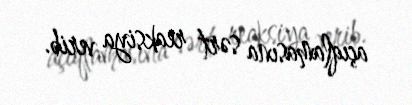
açıqlamasına sərt reaksiya verib.